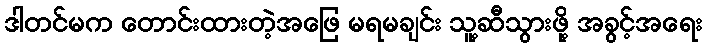
ဒါတင်မက တောင်းထားတဲ့အဖြေ မရမချင်း သူ့ဆီသွားဖို့ အခွင့်အရေး